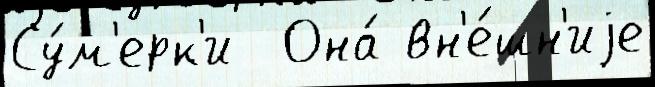
Су́м'ерк'и  Она́ вн'е́шн'иjе